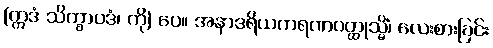
(ဣဒံ သိက္ခာပဒံ၊ ကို) ပေ။ အနာဒရိယကရဏဝတ္ထုသ္မိံ၊ လေးစားခြင်း